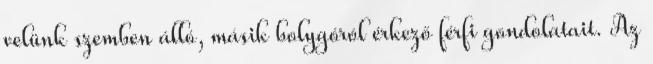
velünk szemben álló, másik bolygóról érkező férfi gondolatait. Az